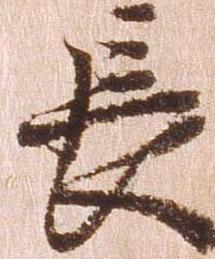
長